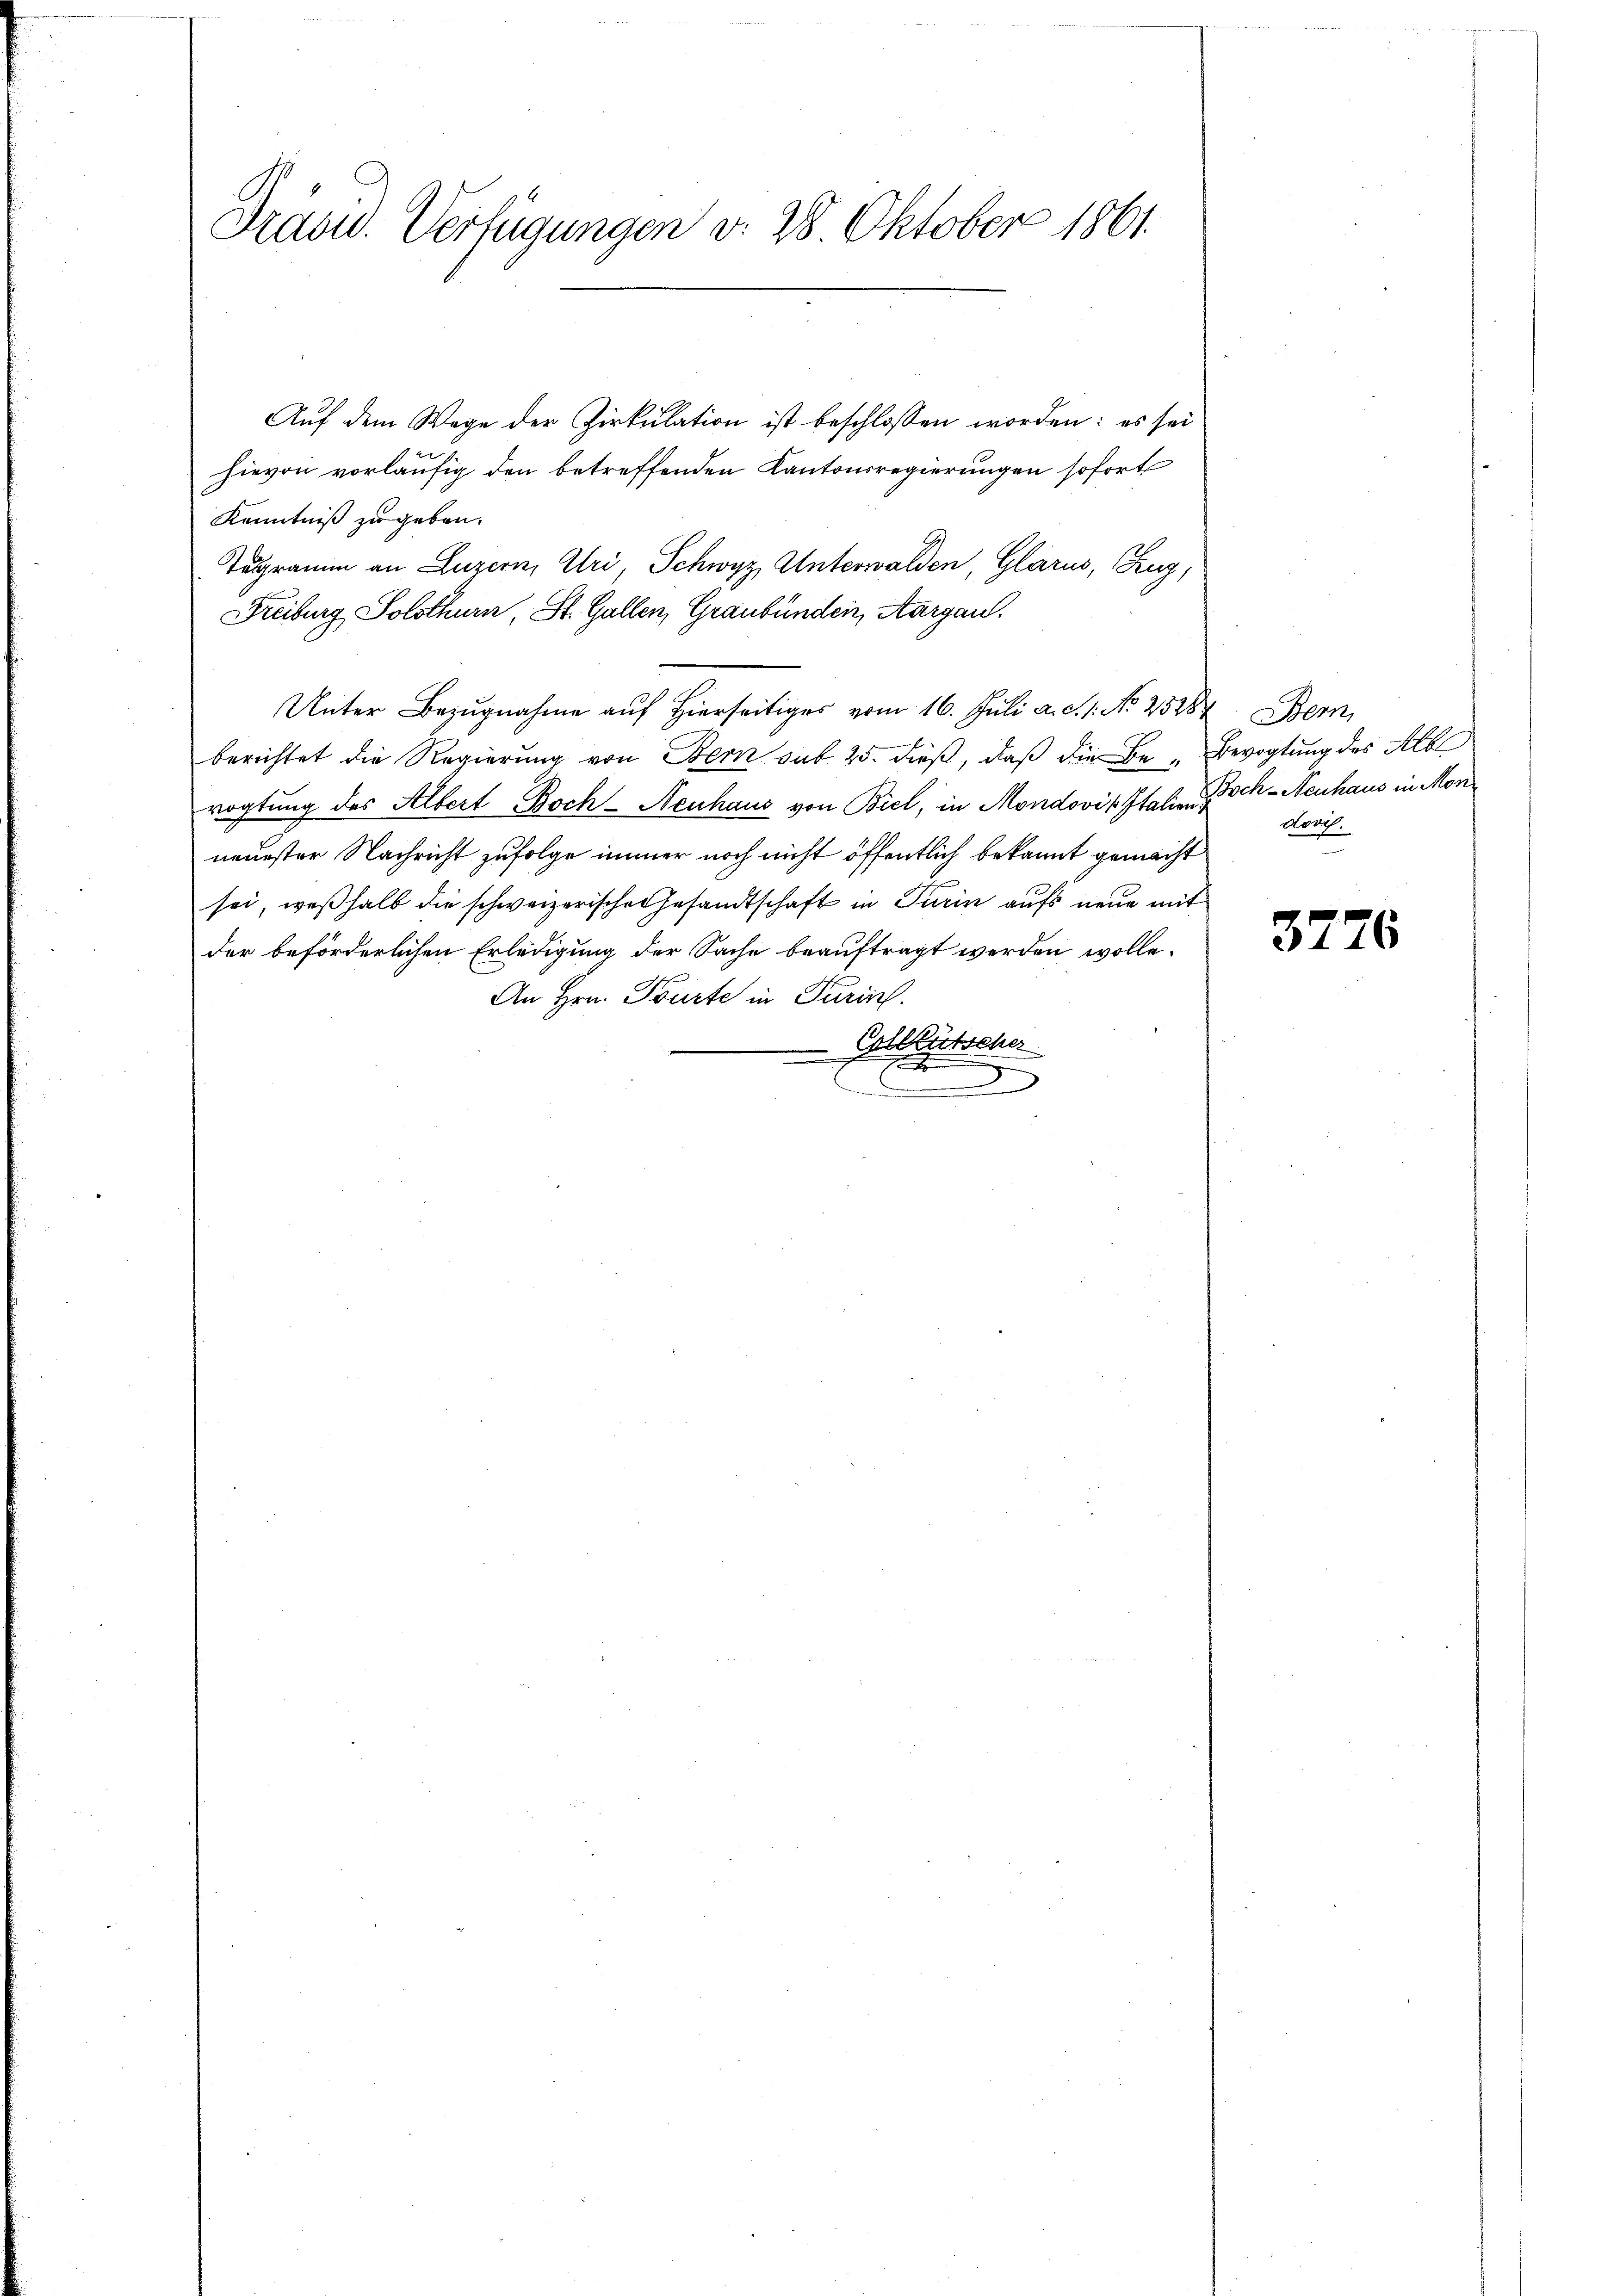
Präsid. Verfügungen d. 28. Oktober 1861.

Auf dem Wege der Zirkulation ist beschlossen worden: es sei
hievon vorläufig den betreffenden Kantonsregierungen sofort
Kenntniß zu geben.
Tugramm an Luzern, Uri, Schwyz, Unterwalden, Glarus, Zug,
Freiburg Solothurn, St. Gallen, Graubünden, Aargau.
Unter Bezugnahme auf Hierseitiges vom 16. Juli a. S. 1. No 25284. Bern,
berichtet die Regierung von Bern sub 25. dieß, daß die Be- Bevogtung des Albe
rogtung des Albert Boch-Neuhaus von Biel, in Mondovik Italie Toch-Neuhaus in Monneuester Nachricht zufolge immer noch nicht öffentlich bekannt gemacht
sei, weßhalb die schweizerische Gesandtschaft in Turin aufs neue mit
der beförderlichen Erledigung der Sache beauftragt werden wolle.
An Hrn. Tourte in Turich.
Gohlkutscher
e

dovil.

3776